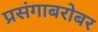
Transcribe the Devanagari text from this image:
प्रसंगाबरोबर